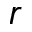
r